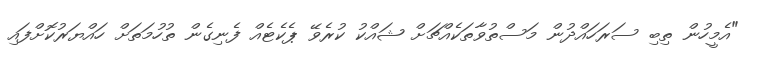
"އެމީހުން ތިބި ސަރަހައްދުން މަސްތުވާތަކެއްޗަށް ޝައްކު ކުރެވޭ ޕެކެޓެއް ފެނިގެން ތުހުމަތަށް ހައްޔަރުކޮށްފައި